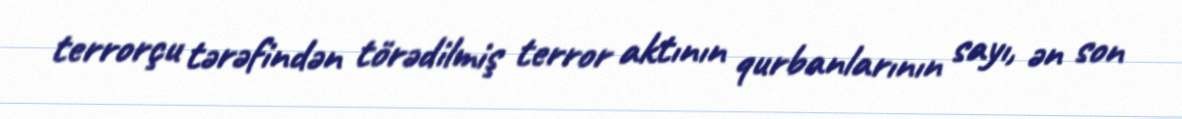
terrorçu tərəfindən törədilmiş terror aktının qurbanlarının sayı, ən son